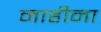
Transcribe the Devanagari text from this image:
नाहीना